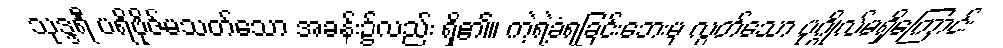
သုဒ္ဒရီ ပရိဗိုဇ်မသတ်သော အခန်း၌လည်း ရှိ၏။ ကဲ့ရဲ့ခံရခြင်းဘေးမှ လွတ်သော ပုဂ္ဂိုလ်မရှိကြောင်း